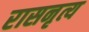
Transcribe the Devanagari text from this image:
रासनृत्य